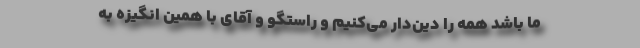
ما باشد همه را دین‌دار می‌کنیم و راستگو و آقای با همین انگیزه به